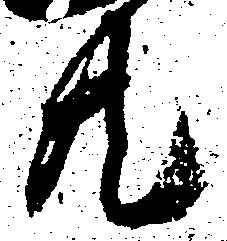
共